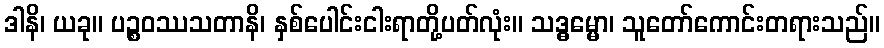
ဒါနိ၊ ယခု။ ပဉ္စဝဿသတာနိ၊ နှစ်ပေါင်းငါးရာတို့ပတ်လုံး။ သဒ္ဓမ္မော၊ သူတော်ကောင်းတရားသည်။